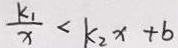
\frac { k _ { 1 } } { x } < k _ { 2 } x + b